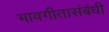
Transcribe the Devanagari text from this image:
भावगीतासंबंधी